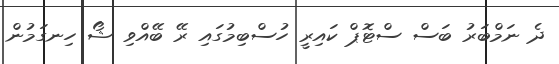
ދެ ނަމްބަރު ބަސް ސްޓޮޕް ކައިރީ ހުސްބިމުގައި ރޭ ބޭއްވި ޝޯ ހިނގަމުން